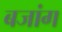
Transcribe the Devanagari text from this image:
बजांग